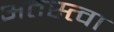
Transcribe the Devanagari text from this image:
अतस्त्वा